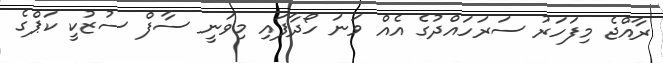
ރާއްޖެ މިފަހަރު ސަރަހައްދުގެ އެއް ވަނަ ހޯދާފައި މިވަނީ ސާފް ސުޒުކީ ކަޕްގެ